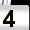
Digit: 4